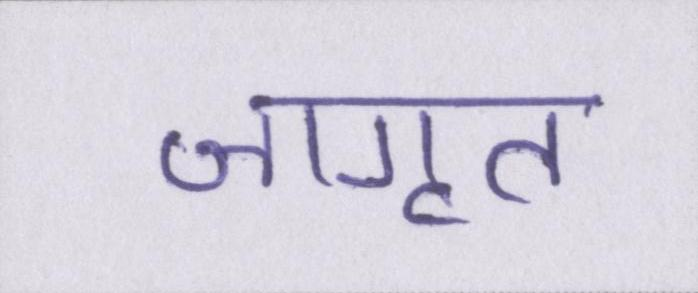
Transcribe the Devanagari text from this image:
जागृत